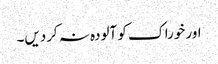
اور خوراک کو آلودہ نہ کردیں۔